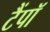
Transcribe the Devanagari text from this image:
टैंपॉ